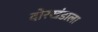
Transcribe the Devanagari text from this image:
दोरखंडाला